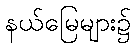
နယ်မြေများ၌